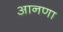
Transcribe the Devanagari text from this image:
आनणा